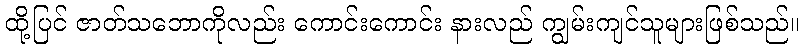
ထို့ပြင် ဇာတ်သဘောကိုလည်း ကောင်းကောင်း နားလည် ကျွမ်းကျင်သူများဖြစ်သည်။